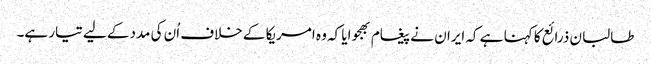
طالبان ذرائع کا کہنا ہے کہ ایران نے پیغام بھجوایا کہ وہ امریکا کے خلاف اُن کی مددکے لیے تیار ہے۔